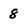
Character: 8